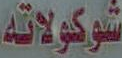
شوكولاته